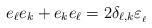
LaTeX: \begin{align*}e_\ell e_k + e_k e_\ell = 2\delta_{\ell,k}\varepsilon_{_\ell}\end{align*}